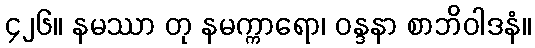
၄၂၆။ နမဿာ တု နမက္ကာရော၊ ဝန္ဒနာ စာဘိဝါဒနံ။